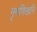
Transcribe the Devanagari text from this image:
नृमणिखनि